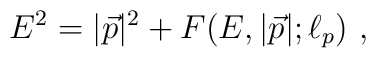
E^2 = |{\vec p}|^2 + F(E, |{\vec p}|; \ell_p)~,